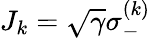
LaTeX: J_{k}=\sqrt{\gamma}\sigma_{-}^{(k)}